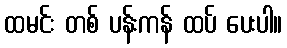
ထမင်း တစ် ပန်းကန် ထပ် ပေးပါ။